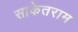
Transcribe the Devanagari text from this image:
साकेतराम